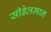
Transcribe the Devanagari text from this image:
सीडेलमान